Indian journal of veterinary science and animal husbandry - Volume 10,
Year: 1940
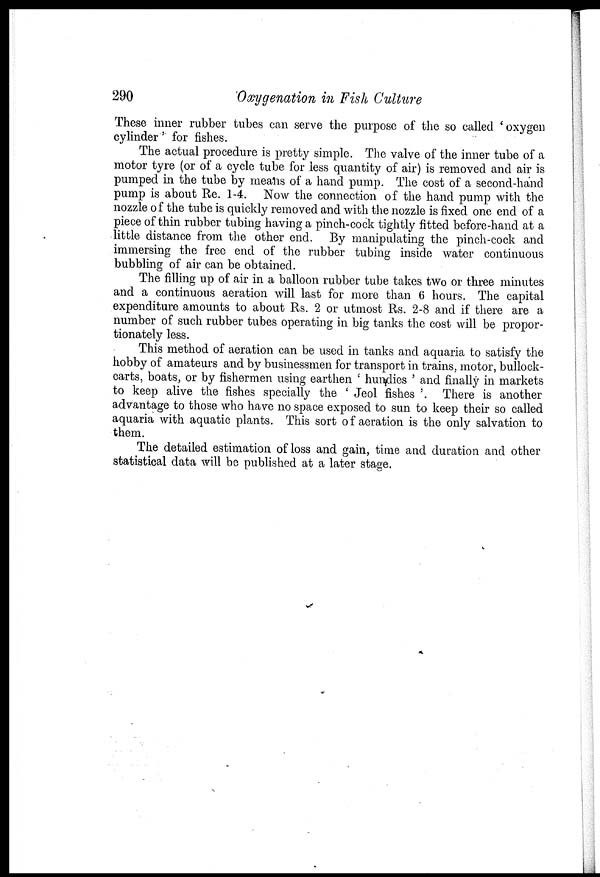
290
Oxygenation in Fish Culture
These inner rubber tubes can serve the purpose of the so called 'oxygen
cylinder' for fishes.
The actual procedure is pretty simple. The valve of the inner tube of a
motor tyre (or of a cycle tube for less quantity of air) is removed and air is
pumped in the tube by means of a hand pump. The cost of a second-hand
pump is about Re. 1-4. Now the connection of the hand pump with the
nozzle of the tube is quickly removed and with the nozzle is fixed one end of a
piece of thin rubber tubing having a pinch-cock tightly fitted before-hand at a
little distance from the other end. By manipulating the pinch-cock and
immersing the free end of the rubber tubing inside water continuous
bubbling of air can be obtained.
The filling up of air in a balloon rubber tube takes two or three minutes
and a continuous aeration will last for more than 6 hours. The capital
expenditure amounts to about Rs. 2 or utmost Rs. 2-8 and if there are a
number of such rubber tubes operating in big tanks the cost will be propor-
tionately less.
This method of aeration can be used in tanks and aquaria to satisfy the
hobby of amateurs and by businessmen for transport in trains, motor, bullock-
carts, boats, or by fishermen using earthen ' hundies ' and finally in markets
to keep alive the fishes specially the ' Jeol fishes '. There is another
advantage to those who have no space exposed to sun. to keep their so called
aquaria with aquatic plants. This sort of aeration is the only salvation to
them.
The detailed estimation of loss and gain, time and duration and other
statistical data will be published at a later stage.